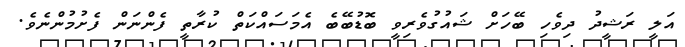
އަލީ ރަޝީދު ދިވެހި ބޭހަށް ޝައުގުވެރިވީ ބޮޑުބޭބެ އެމަސައްކަތް ކުރާތީ ފެންނަން ފެށުމުންނެވެ.